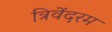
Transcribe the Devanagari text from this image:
त्रिवेंदरम